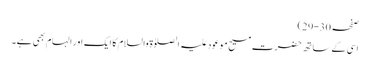
صفحہ 30-29)
اسی کے ساتھ حضرت مسیح موعود علیہ الصلوٰۃ والسلام کا ایک اور الہام بھی ہے۔